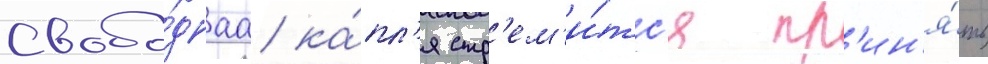
Свобо́днаа ка́пл'я стр'ем'и́тс'я пр'ин'я́ть